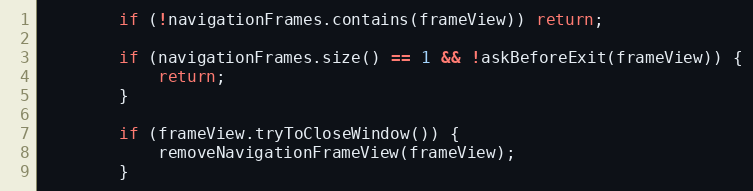
Language: Java
		if (!navigationFrames.contains(frameView)) return;

		if (navigationFrames.size() == 1 && !askBeforeExit(frameView)) {
			return;
		}

		if (frameView.tryToCloseWindow()) {
			removeNavigationFrameView(frameView);
		}